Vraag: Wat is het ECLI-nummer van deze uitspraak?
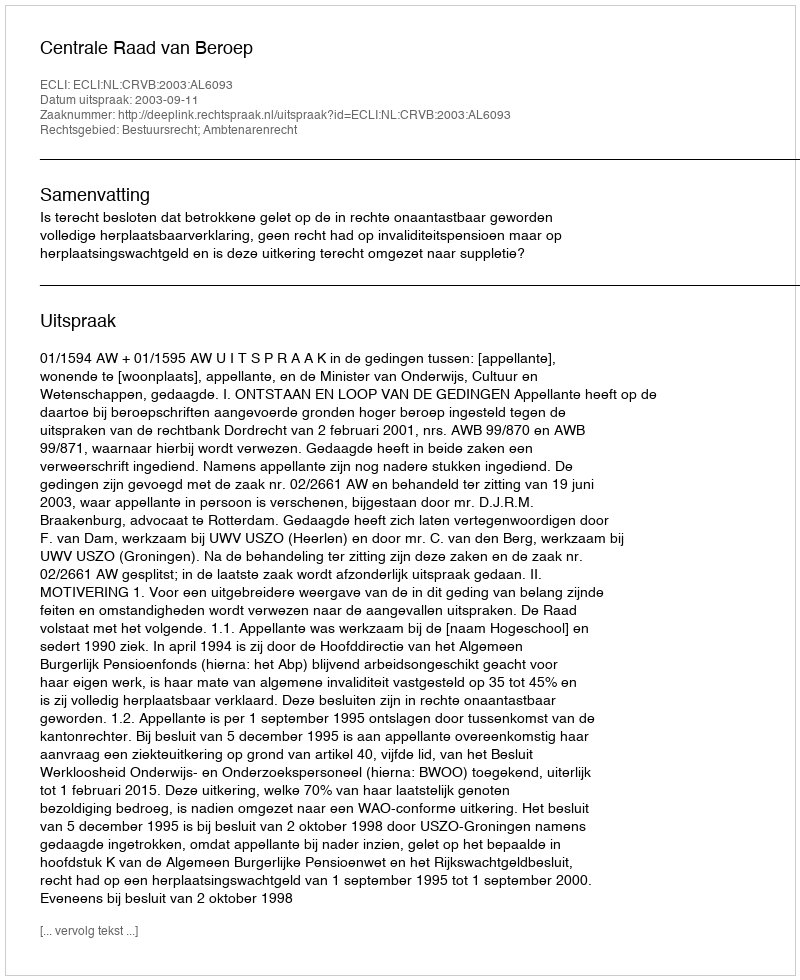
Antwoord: ECLI:NL:CRVB:2003:AL6093